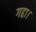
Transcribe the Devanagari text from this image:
गद्दा।